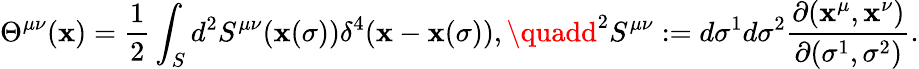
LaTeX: \Theta^{\mu\nu}(\mathbf{x})={\frac{{1}}{{2}}}\int_{S}d^{2}S^{\mu\nu}(\mathbf{x}(\sigma))\delta^{4}(\mathbf{x}-\mathbf{x}(\sigma)),\quadd^{2}S^{\mu\nu}:=d\sigma^{1}d\sigma^{2}{\frac{{\partial(\mathbf{x}^{\mu},\mathbf{x}^{\nu})}}{{\partial(\sigma^{1},\sigma^{2})}}}.